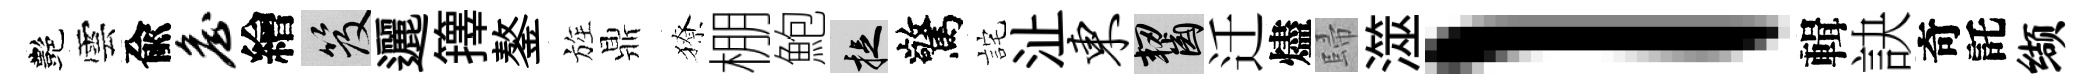
艷雲兪詹繪笈邐籜鏊旌鼎獠棚鮑捉驚詫沚东齧迁燼歸澨l輯訣奇託缬